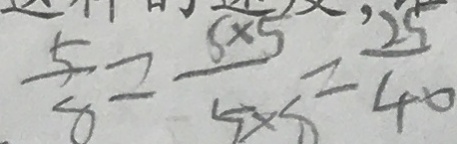
\frac { 5 } { 8 } = \frac { 5 \times 5 } { 5 \times 8 } = \frac { 2 5 } { 4 0 }